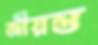
জীয়ন্ত